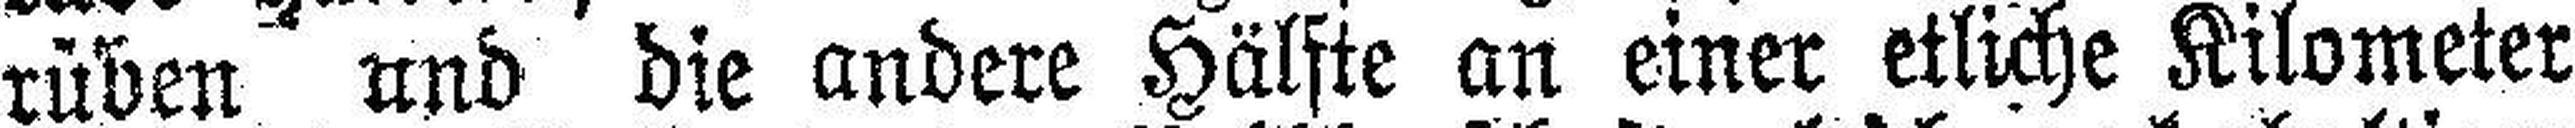
rüben und die andere Hälfte an einer etliche Kilometer